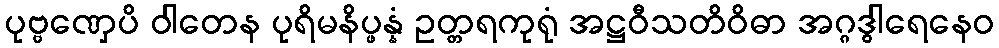
ပုဗ္ဗဏှေပိ ဝါတေန ပုရိမနိပ္ဖန္နံ ဥတ္တရကုရုံ အဋ္ဌဝီသတိဝိဓာ အဂ္ဂဒွါရေနေဝ